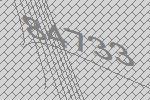
84733